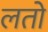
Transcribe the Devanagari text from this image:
लतो